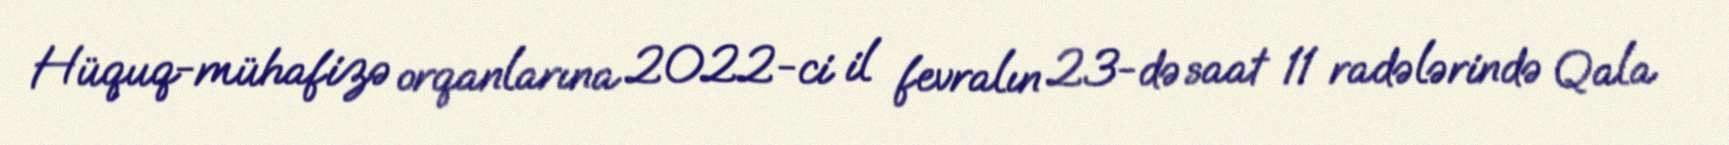
Hüquq-mühafizə orqanlarına 2022-ci il fevralın 23-də saat 11 radələrində Qala